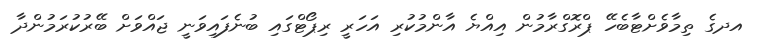
އދގެ ތިމާވެށްޓާބެހޭ ޕްރޮގްރާމުން އިއްޔެ އާންމުކުރި އަހަރީ ރިޕޯޓްގައި ބުނެފައިވަނީ ޖައްވަށް ބޭރުކުރަމުންދާ